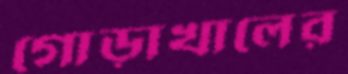
গোড়াখালের